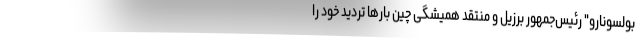
بولسونارو" رئیس‌جمهور برزیل و منتقد همیشگی چین بارها تردید خود را